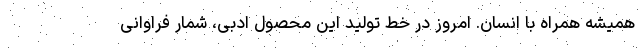
همیشه همراه با انسان. امروز در خط تولید این محصول ادبی، شمار فراوانی